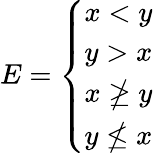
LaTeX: E={\left\{ \begin{array}{ll}{x<y}\\ {y>x}\\ {x\ngeq y}\\ {y\nleq x}\end{array}\right.}